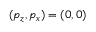
( p _ { z } , p _ { x } ) = ( 0 , 0 )